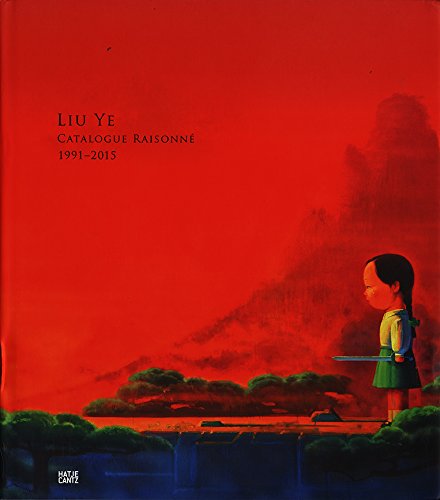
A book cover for Liu Ye; Paul Moorhouse; Arts & Photography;